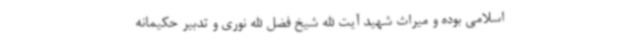
اسلامی بوده و میراث شهید آیت الله شیخ فضل الله نوری و تدبیر حکیمانه